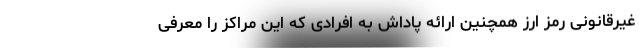
غیرقانونی رمز ارز همچنین ارائه پاداش به افرادی که این مراکز را معرفی